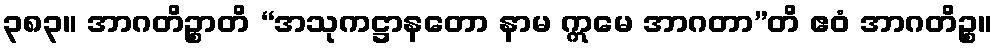
၃၈၃။ အာဂတိဉ္စာတိ “အသုကဋ္ဌာနတော နာမ ဣမေ အာဂတာ”တိ ဧဝံ အာဂတိဉ္စ။